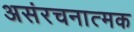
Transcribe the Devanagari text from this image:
असंरचनात्मक